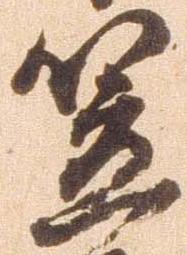
笠